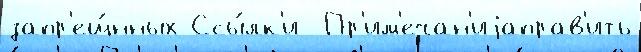
запр'ещ́нных Ссы́лк'и  Пр'им'ечан'иjаправ'ить